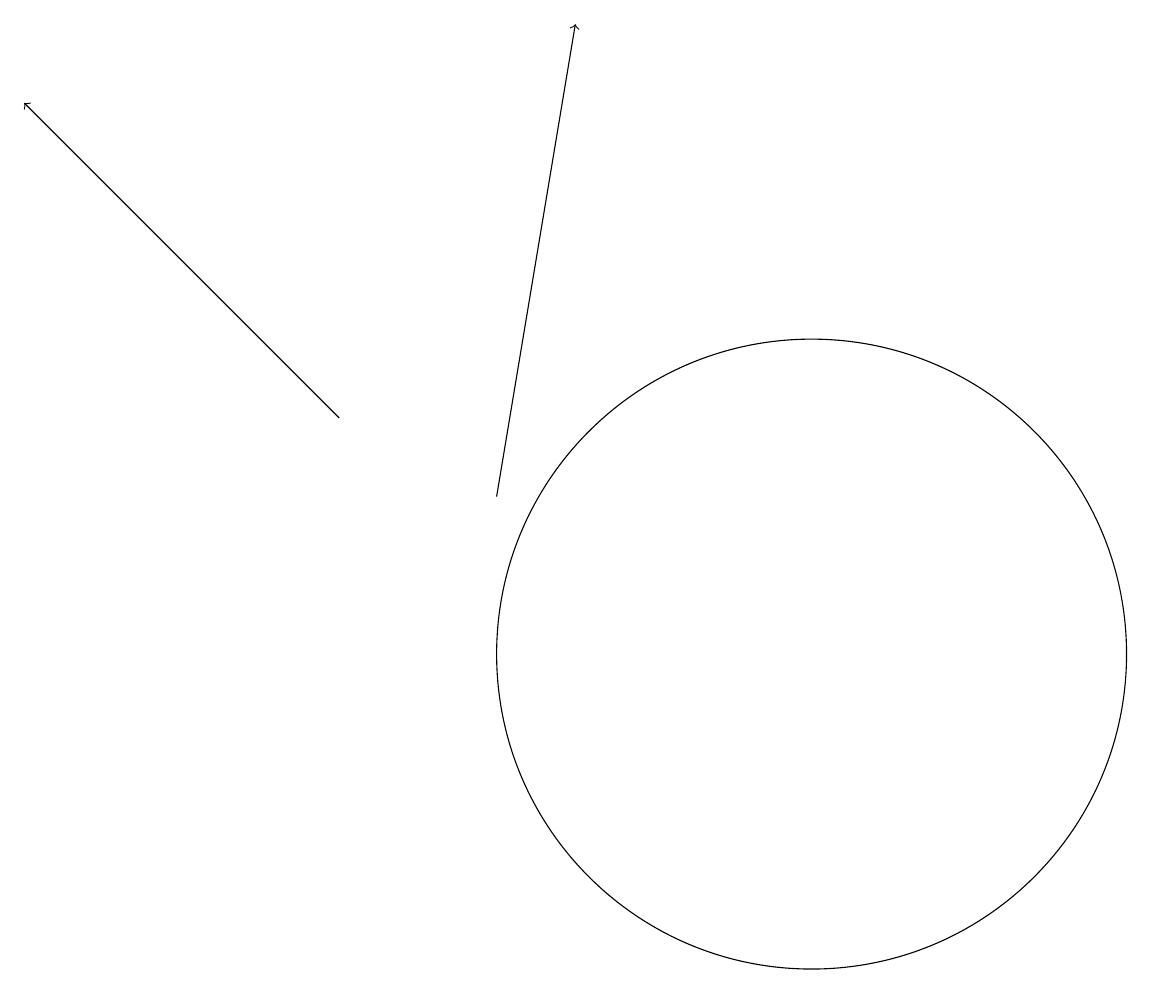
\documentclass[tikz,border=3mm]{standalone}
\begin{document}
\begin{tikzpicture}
\draw[->] (5,13) -- (1,17);
\draw (11,10) circle (4);
\draw[->] (7,12) -- (8,18);
\draw (10,10) circle (0);
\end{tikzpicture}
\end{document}